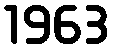
1963